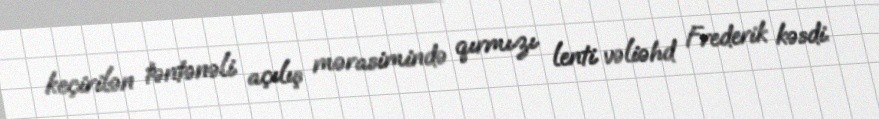
keçirilən təntənəli açılış mərasimində qırmızı lenti vəliəhd Frederik kəsdi.